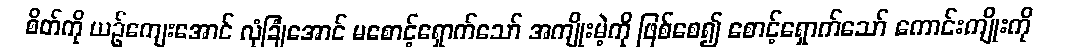
စိတ်ကို ယဉ်ကျေးအောင် လုံခြုံအောင် မစောင့်ရှောက်သော် အကျိုးမဲ့ကို ဖြစ်စေ၍ စောင့်ရှောက်သော် ကောင်းကျိုးကို